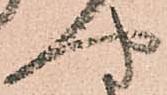
や